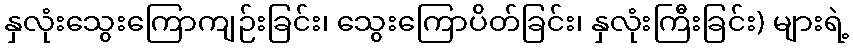
နှလုံးသွေးကြောကျဉ်းခြင်း၊ သွေးကြောပိတ်ခြင်း၊ နှလုံးကြီးခြင်း) များရဲ့